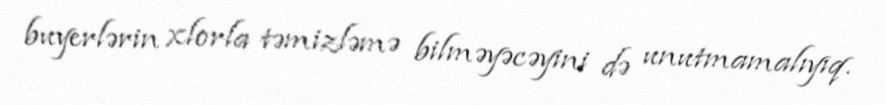
buyerlərin xlorla təmizləmə bilməyəcəyini də unutmamalıyıq.